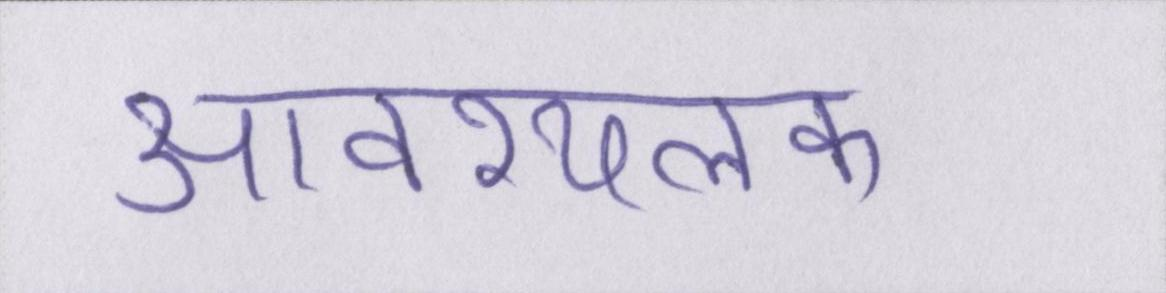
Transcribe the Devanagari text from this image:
आवश्यलक